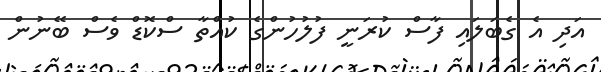
އަދި އެ ގެބަލައި ފާސް ކުރަނީ ފުުލުހުންގެ ކުއްތާ ސްކޮޑް ވެސް ބޭނުން